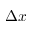
\Delta x